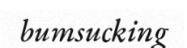
bumsucking